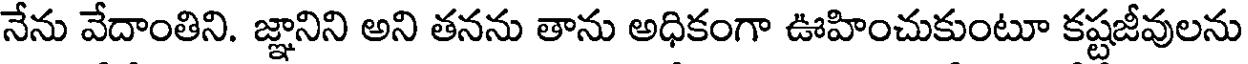
నేను వేదాంతిని. జ్ఞానిని అని తనను తాను అధికంగా ఊహించుకుంటూ కష్టజీవులను